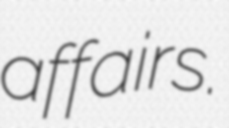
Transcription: affairs.